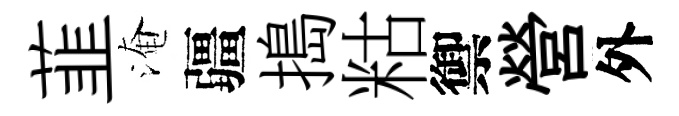
韮淹疆搗䊀禦營外